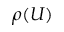
\rho ( U )